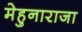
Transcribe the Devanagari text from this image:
मेहुनाराजा